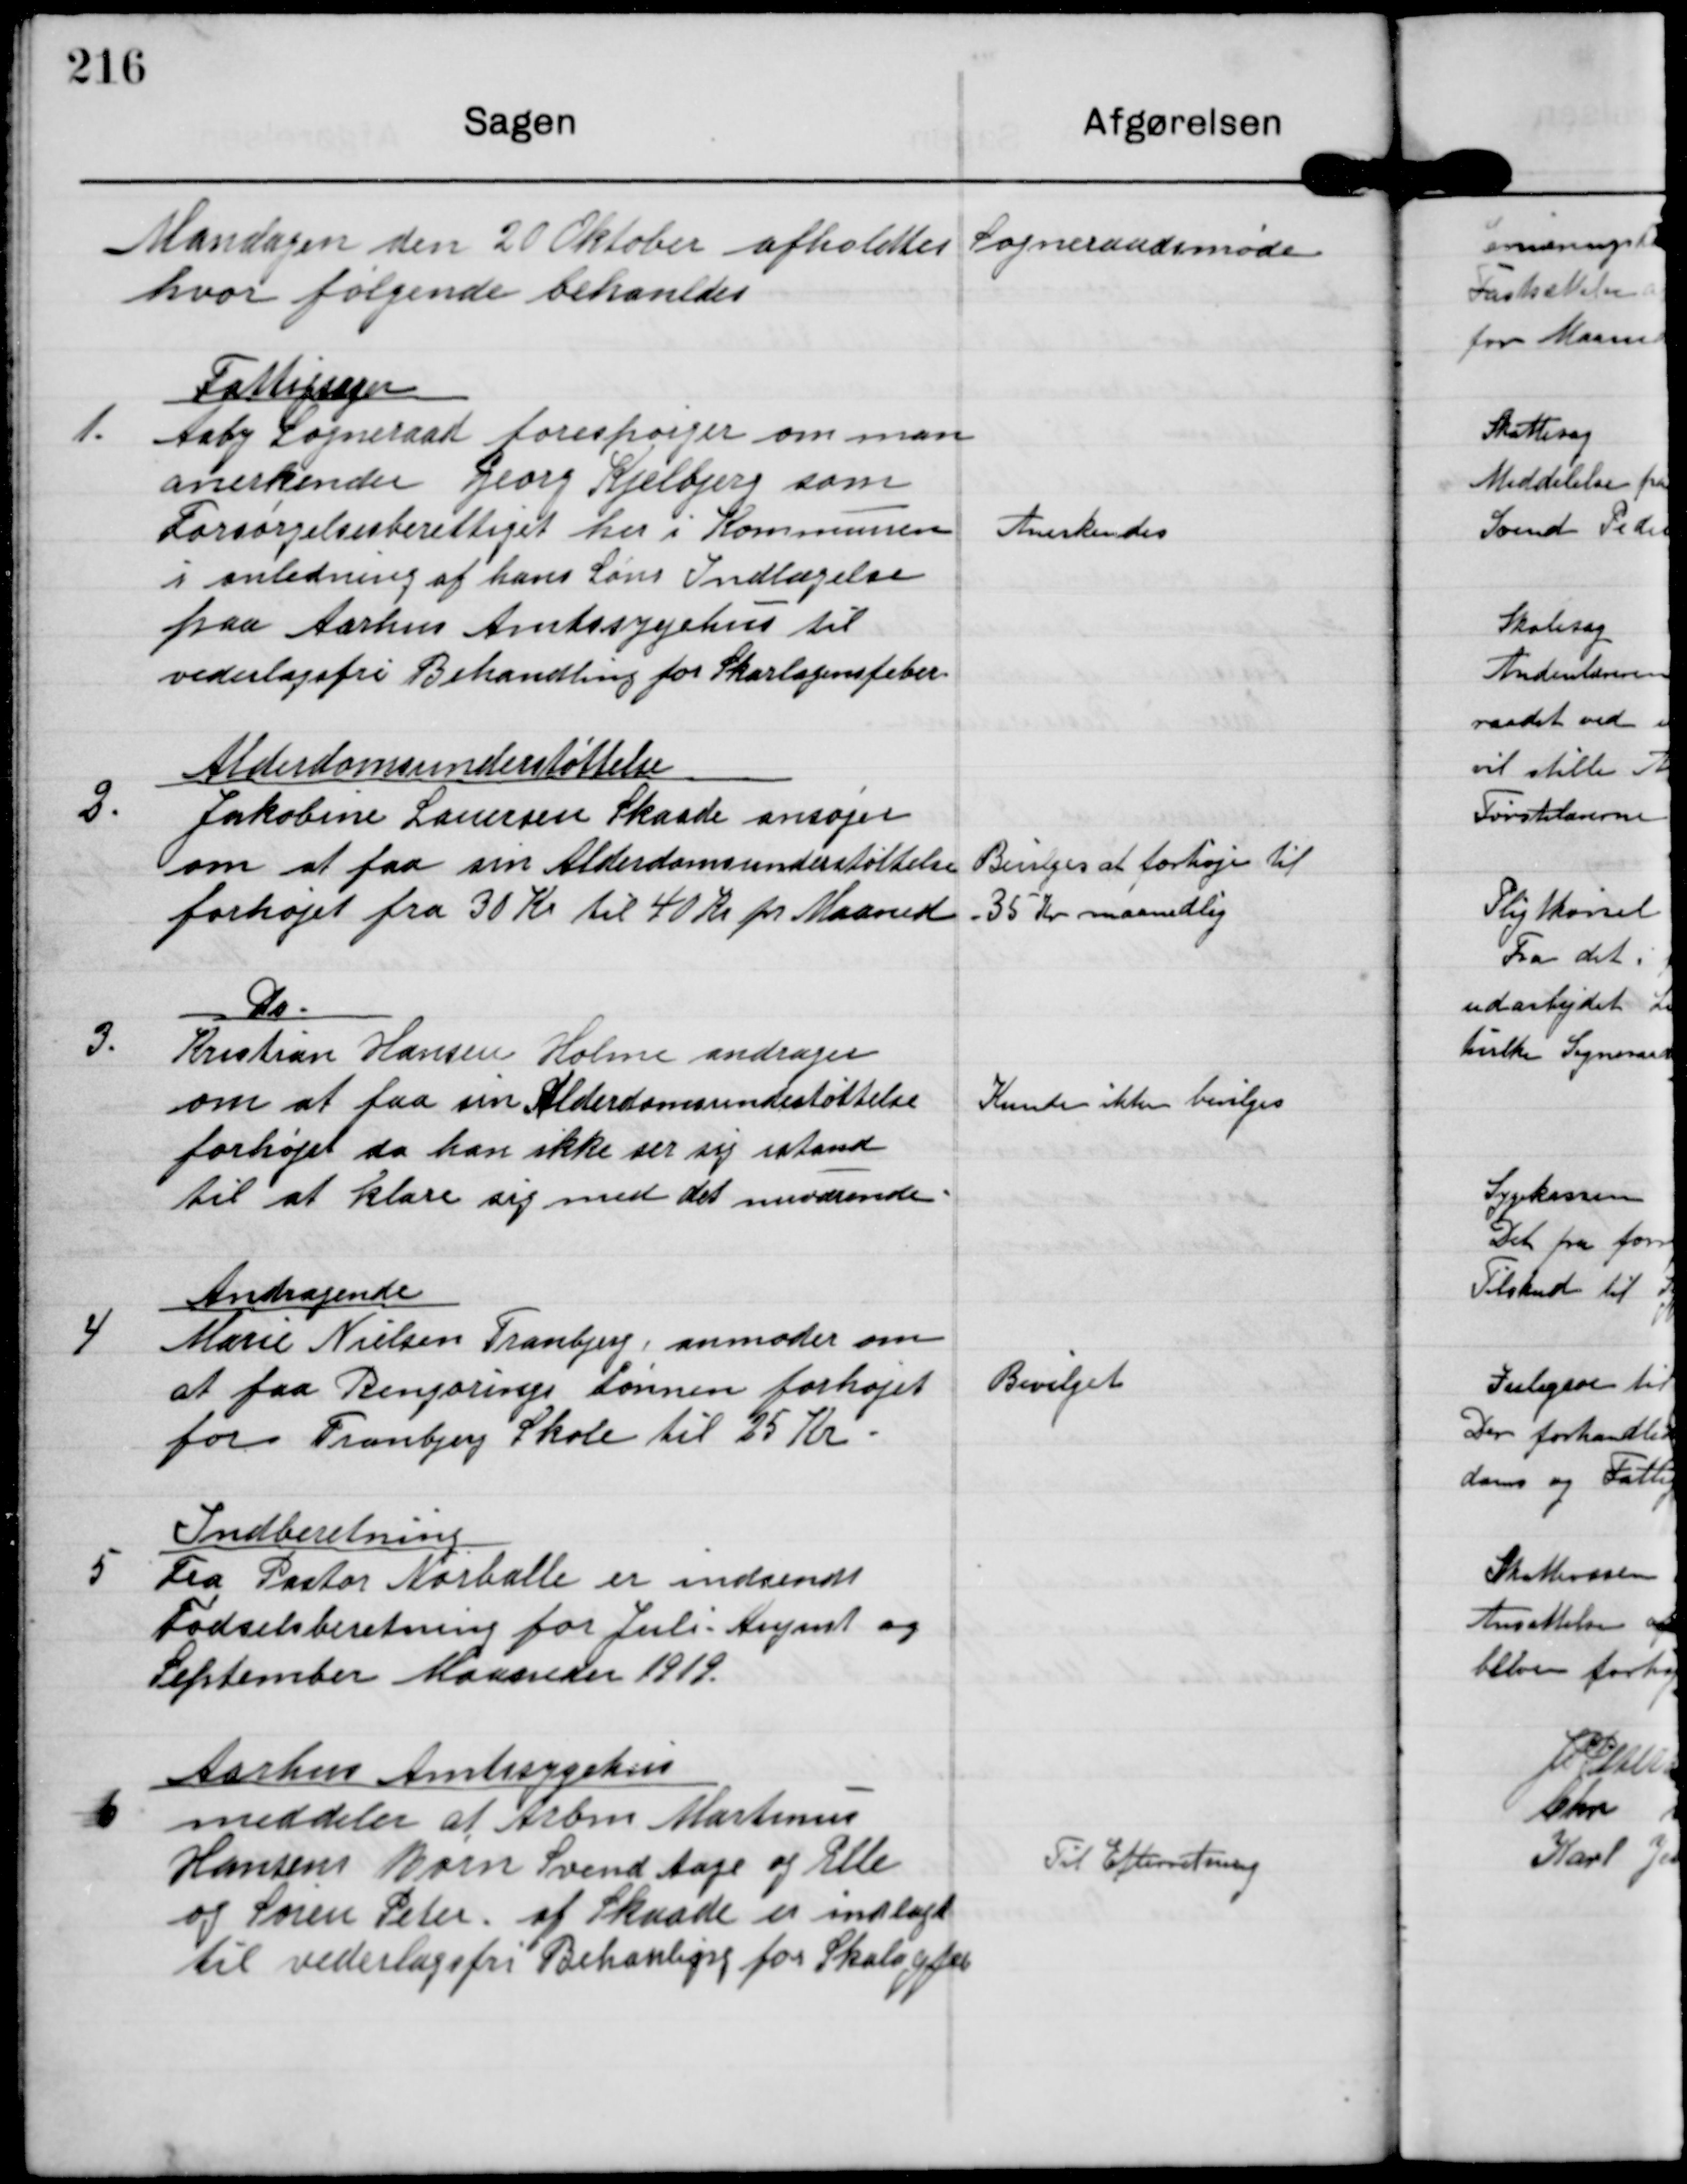
Transskription:
Mandagen den 20 Oktober afholdtes Sogneraadsmøde
hvor følgende behandles

1

Fattigsager
Aaby Sogneraad forespørger om man
anerkender Georg Kjelbjerg som
Forsørgelsesberettiget her i Kommunen
i anledning af hans Søns Indlæggelse
paa Aarhus Amtssygehus til
vederlagsfri Behandling for Skarlagensfeber

Anerkendes

2

Alderdomsunderstøttelse
Jakobine Lauersen Skaade ansøger
om at faa sin Alderdomsunderstøttelse
forhøjet fra 30 Kr til 40 Kr pr. Maaned

Bevilges at forhøje til
35 kr maanedlig

3

Do.
Kristian Hansen Holme andrager
om at faa sin Alderdomsunderstøttelse
forhøjet da han ikke ser sig istand
til at klare sig med det nuværende.

Kunde ikke bevilges.

4

Andragende
Marie Nielsen Tranbjerg anmoder om
at faa Rengørings Lønnen forhøjet
for Tranbjerg Skole til 25 Kr.

Bevilget

5

Indberetning
Fra Pstor Nørballe er indsendt
Fødselsberetning for Juli-August og
September Maaneder 1919

6

Aarhus Amtssygehus
meddeler at Arbm Martinus
Hansens Børn Svend Aage og Elle
og Søren Peter af Skaade er indlagt
til vederlagsfri Behandling for Skalafeb.

Til Efterretning